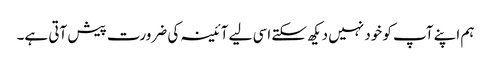
ہم اپنے آپ کو خود نہیں دیکھ سکتے اسی لیے آئینہ کی ضرورت پیش آتی ہے۔